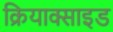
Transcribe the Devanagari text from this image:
क्रियाक्साइड